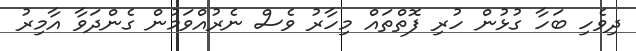
ދިވެހި ބަހާ ގުޅުން ހުރި ފޮތްތައް މިހާރު ވެސް ނެރުއްވަމުން ގެންދަވާ އާމިރު